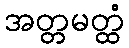
အတ္တမတ္ထံ